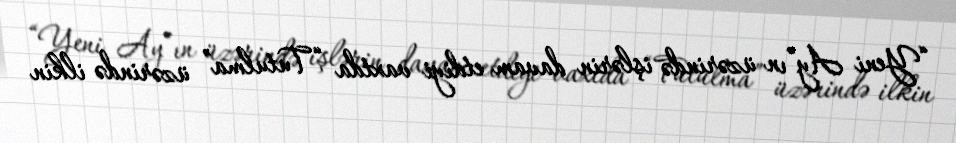
“Yeni Ay”ın üzərində işlərin davam etdiyi vaxtda “Tutulma” üzərində ilkin